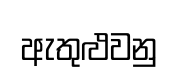
ඇතුළුවනු